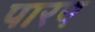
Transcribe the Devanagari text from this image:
पारए